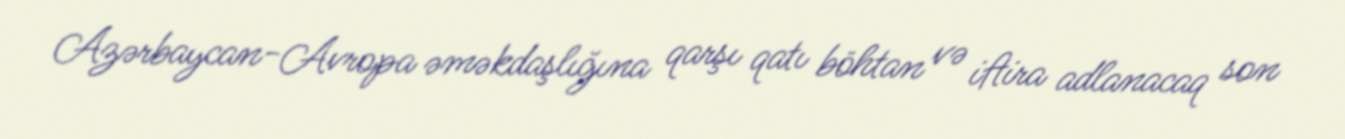
Azərbaycan-Avropa əməkdaşlığına qarşı qatı böhtan və iftira adlanacaq son